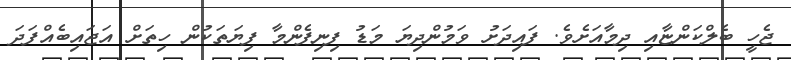
ޖެހީ ބެލްކަންޏާއި ދިމާއަށެވެ. ފައިދަށު ވަމުންދިޔަ މަޑު ފިނިފެންމާ ފިޔަތަކުން ހިތަށް އަޖައިބެއްފަދަ